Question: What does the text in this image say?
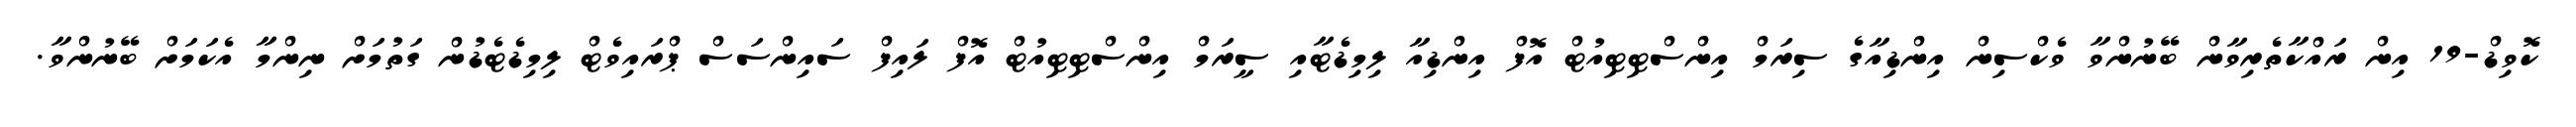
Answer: ކޮވިޑް-19 އިން ރައްކާތެރިވާން ބޭނުންވާ ވެކްސިން އިންޑިއާގެ ސިރަމް އިންސްޓިޓިއުޓް އޮފް އިންޑިއާ ލިމިޑެޓާއި ސީރަމް އިންސްޓިޓިއުޓް އޮފް ލައިފް ސައިންސަސް ޕްރައިވެޓް ލިމިޑެޓެޑުން ގަތުމަށް ނިންމާ އެކަމަށް ބޭނުންވާ.